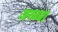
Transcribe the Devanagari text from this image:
जथ्थ्या